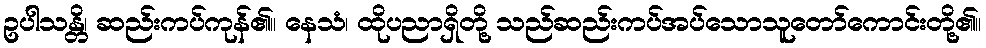
ဥပါသန္တိ၊ ဆည်းကပ်ကုန်၏။ နေသံ၊ ထိုပညာရှိတို့ သည်ဆည်းကပ်အပ်သောသူတော်ကောင်းတို့၏။